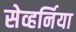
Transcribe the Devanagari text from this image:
सेव्हर्निया